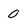
Character: O